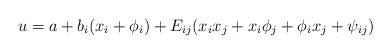
LaTeX: \begin{align*}u=a+b_i (x_i+\phi_i)+E_{ij}(x_i x_j +x_i \phi_j + \phi_i x_j + \psi_{ij})\end{align*}